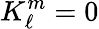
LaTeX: K_{\ell}^{m}=0